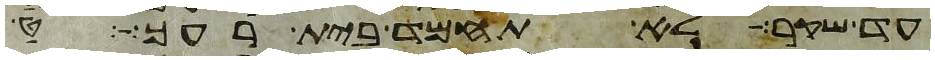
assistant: עד שקר לא תחמד בית רעך